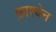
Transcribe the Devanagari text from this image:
फ़ाश्येन